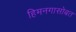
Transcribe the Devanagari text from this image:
हिमनगासोबत